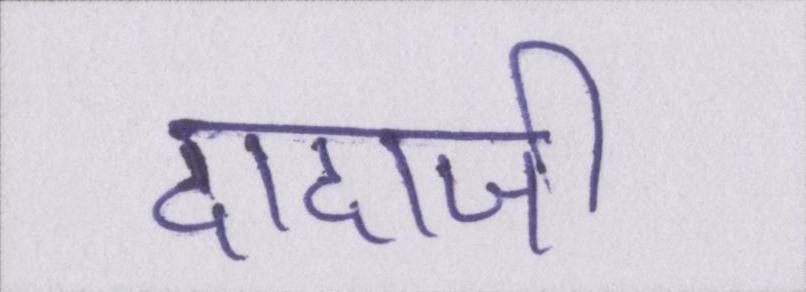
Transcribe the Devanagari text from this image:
दादाजी